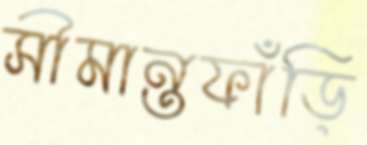
সীমান্তফাঁড়ি